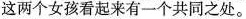
这两个女孩看起来有一个共同之处。